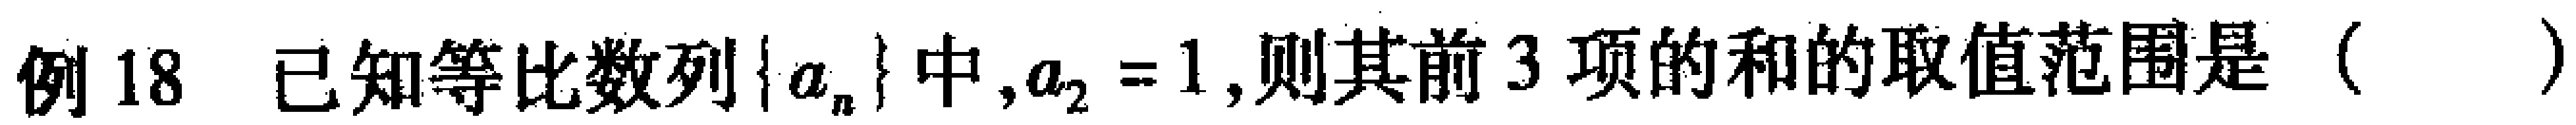
例18 已知等比数列\(\{ a_{n}\}\)中,\(a_{2}=1\),则其前\(3\)项的和的取值范围是（  ）